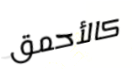
كالأحمق